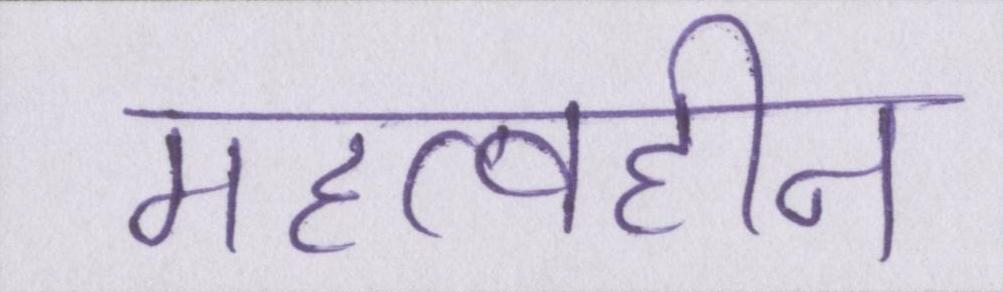
महत्वहीन